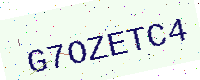
Text: G7OZETC4